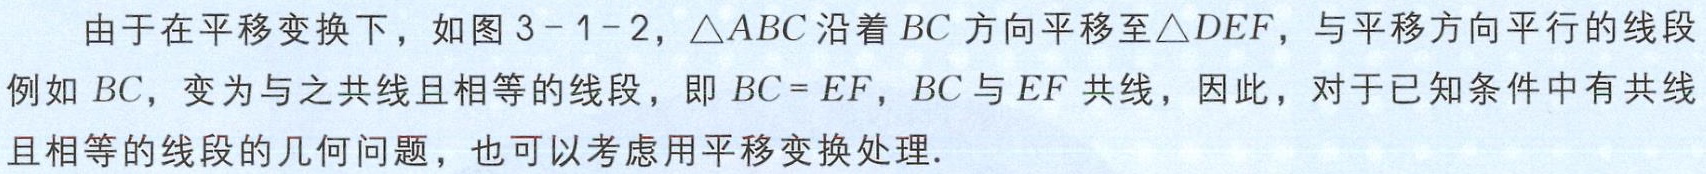
由于在平移变换下，如图3 - 1 - 2，$\triangle ABC$沿着$BC$方向平移至$\triangle DEF$，与平移方向平行的线段

例如$BC$，变为与之共线且相等的线段，即$BC = EF$，$BC$与$EF$共线，因此，对于已知条件中有共线

且相等的线段的几何问题，也可以考虑用平移变换处理.